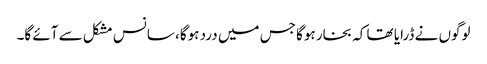
لوگوں نے ڈرایا تھا کہ بخار ہوگا جس میں درد ہوگا، سانس مشکل سے آئے گا۔